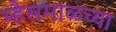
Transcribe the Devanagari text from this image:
म्हैसमाळच्या